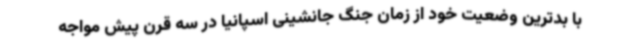
با بدترین وضعیت خود از زمان جنگ جانشینی اسپانیا در سه قرن پیش مواجه